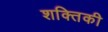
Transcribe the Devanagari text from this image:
शक्तिकी